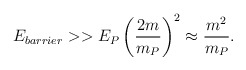
\begin{align*}E_{barrier} >> E_P \left({2m\over m_P}\right)^2 \approx {m^2\over m_P}.\end{align*}